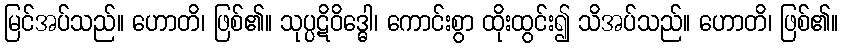
မြင်အပ်သည်။ ဟောတိ၊ ဖြစ်၏။ သုပ္ပဋိဝိဒ္ဓေါ၊ ကောင်းစွာ ထိုးထွင်း၍ သိအပ်သည်။ ဟောတိ၊ ဖြစ်၏။